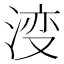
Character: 𣷷